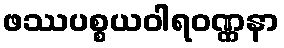
ဖဿပစ္စယဝါရဝဏ္ဏနာ